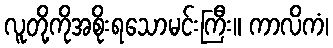
လူတို့ကိုအစိုးရသောမင်းကြီး။ ကာလိကံ၊